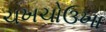
ચખચોઉખા